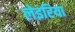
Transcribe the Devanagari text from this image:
लेइरिया